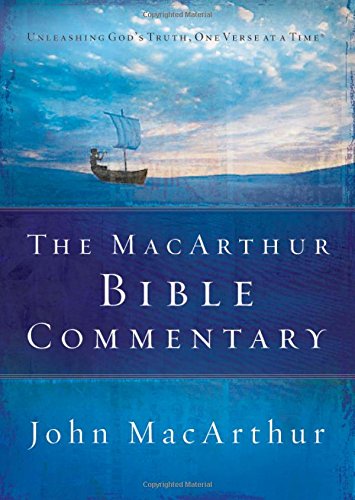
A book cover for The MacArthur Bible Commentary; John MacArthur; Christian Books & Bibles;